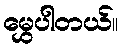
မွှေပါတယ်။